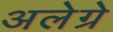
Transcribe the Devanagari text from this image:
अलेग्रे